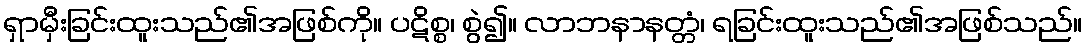
ရှာမှီးခြင်းထူးသည်၏အဖြစ်ကို။ ပဋိစ္စ၊ စွဲ၍။ လာဘနာနတ္တံ၊ ရခြင်းထူးသည်၏အဖြစ်သည်။